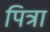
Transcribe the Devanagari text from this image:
पित्रा